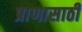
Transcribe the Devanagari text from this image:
प्राणासाठी